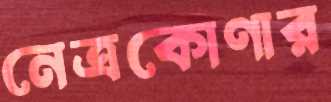
নেত্রকোণার